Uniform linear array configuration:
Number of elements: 48
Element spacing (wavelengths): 0.75
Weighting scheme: hamming
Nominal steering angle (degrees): -45
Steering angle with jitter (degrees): -43.977
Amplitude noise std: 0.05
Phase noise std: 0.05

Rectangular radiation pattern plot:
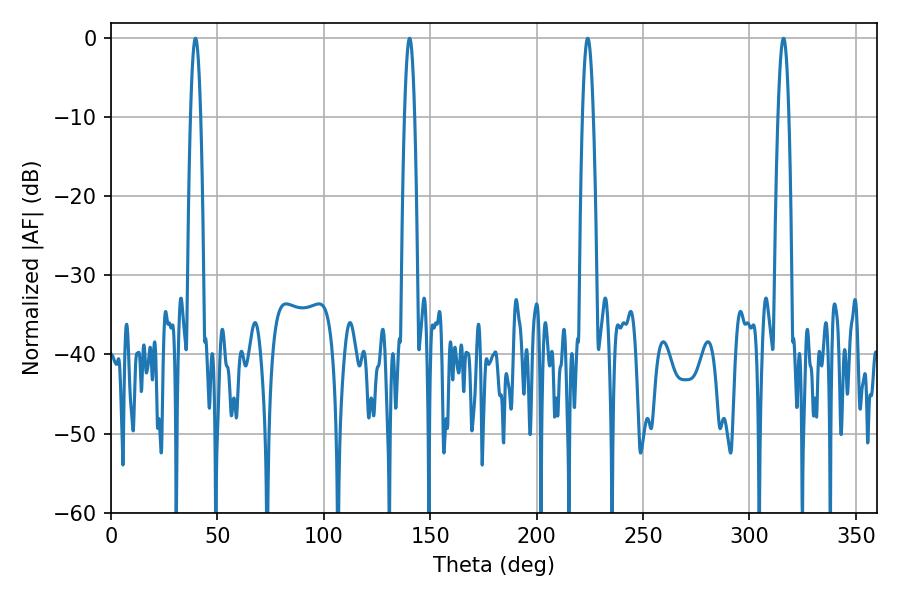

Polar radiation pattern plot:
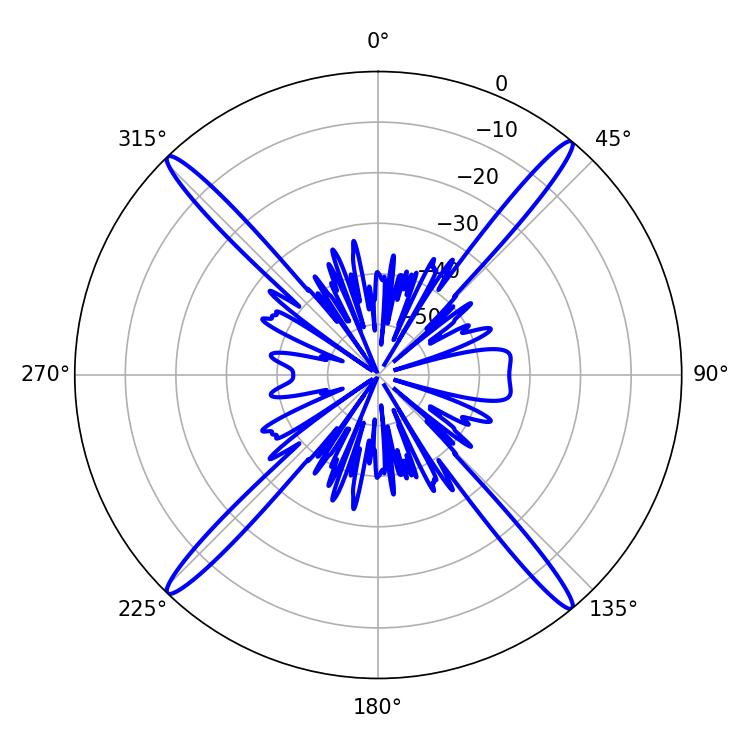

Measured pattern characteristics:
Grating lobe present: TRUE
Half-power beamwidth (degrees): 2.7
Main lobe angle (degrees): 223.92